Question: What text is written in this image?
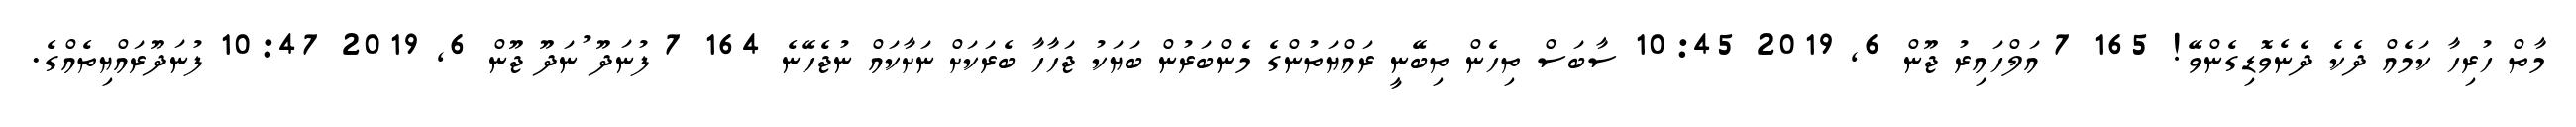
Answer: މާތް ހުރިހާ ކަމެއް ދެކެ ދެނެވޮޑިގެންވޭ! 165 7 އަލްހައިރު ޖޫން 6, 2019 10:45 ސާބަސް ތިހެން ތިބޭނީ ރައްޔަތުންގެ މެންބަރުން ބަޔަކު ޖަހާހާ ބެރަކަށް ނަށާކައް ނުޖެހޭނެ 164 7 ފުނަދޫ ުނަދޫ ޖޫން 6, 2019 10:47 ފުނަދޫރައްޔިތެއްގެ.